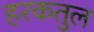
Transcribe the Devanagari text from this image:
हरकतुल